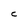
Character: C